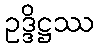
ဥဒ္ဒိဋ္ဌဿ